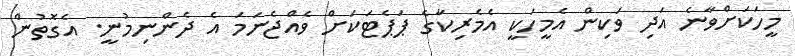
މީހަކަށްވާނެ އަދި ވަކިން އެމީހަކީ އެމެރިކާގެ ޕަޕެޓަކަށް ވެއްޖެނަމަ އެ ދެންނިމުނީ. އެގޮތުން